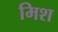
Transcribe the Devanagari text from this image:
मिश